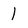
Character: 1